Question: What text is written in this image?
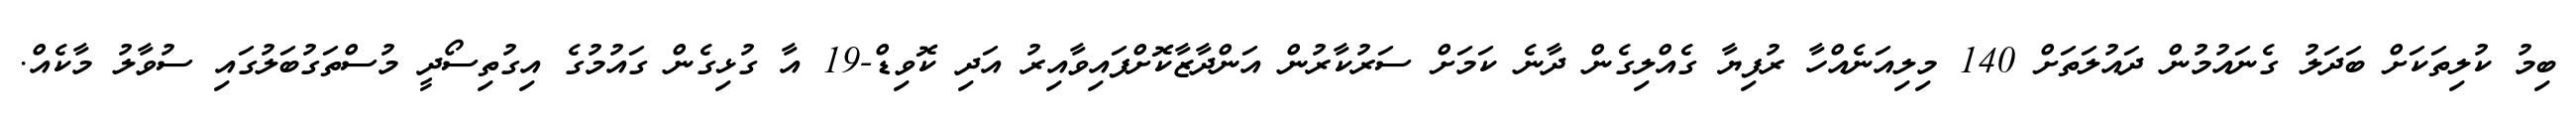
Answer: ބިމު ކުލިތަކަށް ބަދަލު ގެނައުމުން ދައުލަތަށް 140 މިލިއަނެއްހާ ރުފިޔާ ގެއްލިގެން ދާނެ ކަމަށް ސަރުކާރުން އަންދާޒާކޮށްފައިވާއިރު އަދި ކޮވިޑް-19 އާ ގުޅިގެން ގައުމުގެ އިގުތިސޯދީ މުސްތަގުބަލުގައި ސުވާލު މާކެއް.